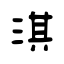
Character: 淇